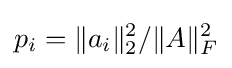
p_{i}=\|a_{i}\|_{2}^{2}/\|A\|_{F}^{2}